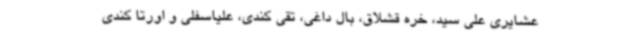
عشایری علی سید، خره قشلاق، بال داغی، تقی کندی، علیاسفلی و اورتا کندی